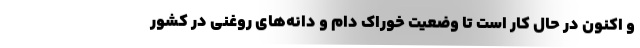
و اکنون در حال کار است تا وضعیت خوراک دام و دانه‌های روغنی در کشور